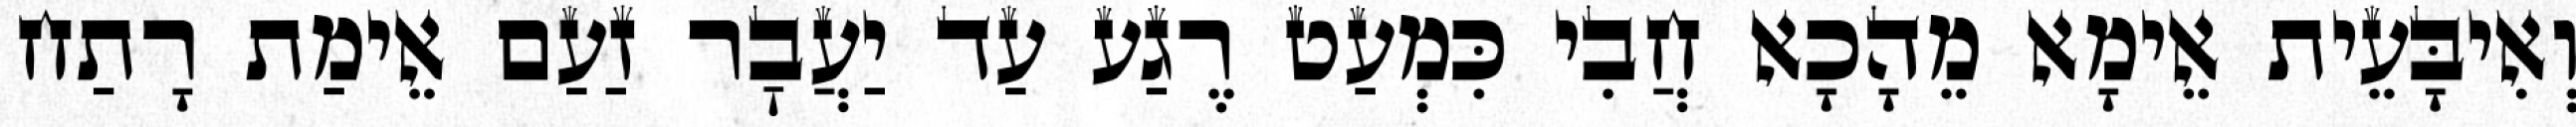
וְאִיבָּעֵית אֵימָא מֵהָכָא חֲבִי כִּמְעַט רֶגַע עַד יַעֲבׇר זַעַם אֵימַת רָתַח